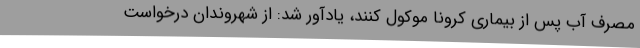
مصرف آب پس از بیماری کرونا موکول کنند، یادآور شد: از شهروندان درخواست